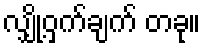
လျှို့ဝှက်ချက် တခု။